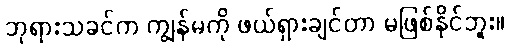
ဘုရားသခင်က ကျွန်မကို ဖယ်ရှားချင်တာ မဖြစ်နိုင်ဘူး။